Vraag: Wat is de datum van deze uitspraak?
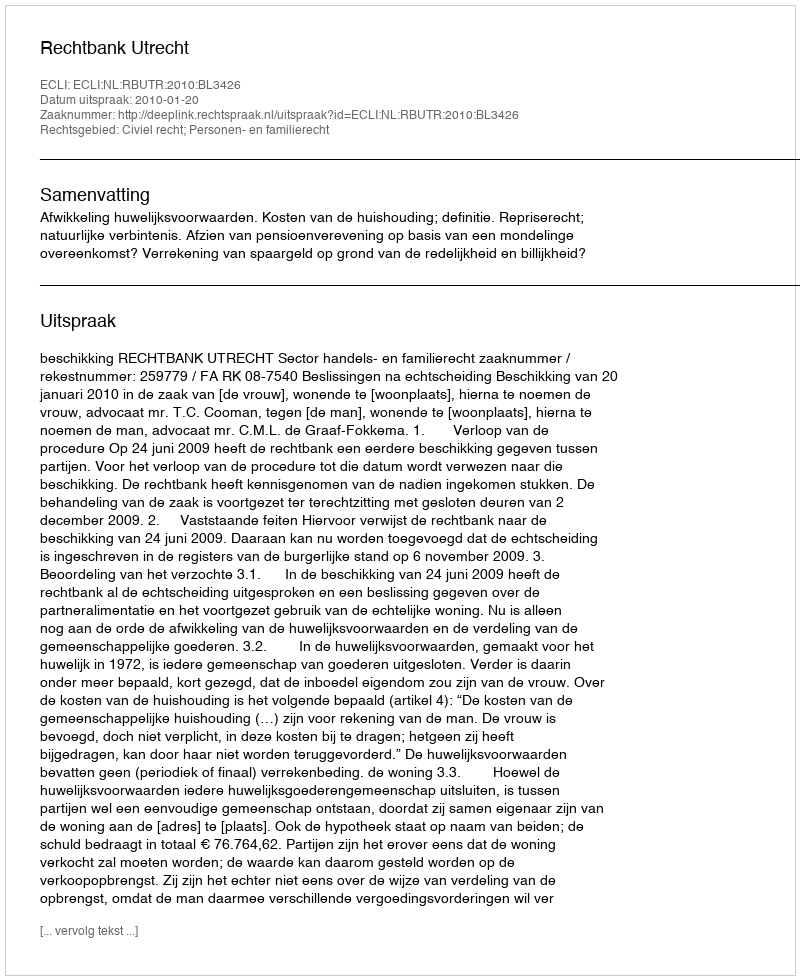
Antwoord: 2010-01-20